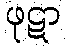
ဖုဋာ